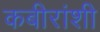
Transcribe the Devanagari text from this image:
कबीरांशी